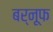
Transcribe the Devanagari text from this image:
बर्नूफ